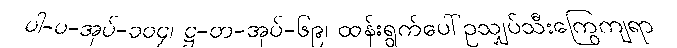
ပါ-ပ-အုပ်-၁၀၄၊ ဋ္ဌ-တ-အုပ်-၆၉၊ ထန်းရွက်ပေါ်ဥသျှပ်သီးကြွေကျရာ